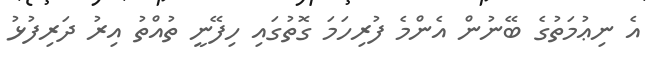
އެ ނިޢުމަތުގެ ބޭނުން އެންމެ ފުރިހަމަ ގޮތުގައި ހިފޭނީ ތުއްތު އިރު ދަރިފުޅު